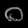
Digit: ၀